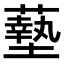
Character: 𫉷